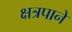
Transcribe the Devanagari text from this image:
क्षत्रपाने